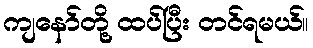
ကျနော်တို့ ထပ်ပြီး တင်ရမယ်။